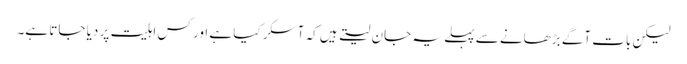
لیکن بات آگے بڑھانے سے پہلے یہ جان لیتے ہیں کہ آسکر کیا ہے اور کس اہلیت پر دیا جاتا ہے۔